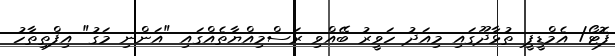
ފޮޓޯ/ އެމްޑީޕީ ތުޅާދޫގައި މިއަދު ހަވީރު ބޭއްވި ރަސްމިއްޔާތެއްގައި "އަންނި މަގު" އިފްތިތާހު